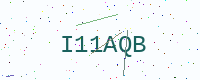
Text: I11AQB